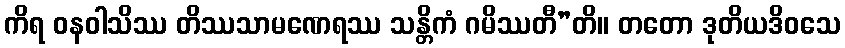
ကိရ ဝနဝါသိဿ တိဿသာမဏေရဿ သန္တိကံ ဂမိဿတီ”တိ။ တတော ဒုတိယဒိဝသေ